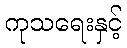
ကုသရေးနှင့်